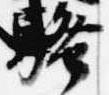
騒